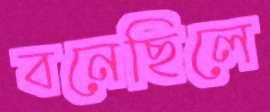
বনেছিলে